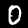
Digit: 0